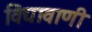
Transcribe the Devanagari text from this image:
विद्यावाणी